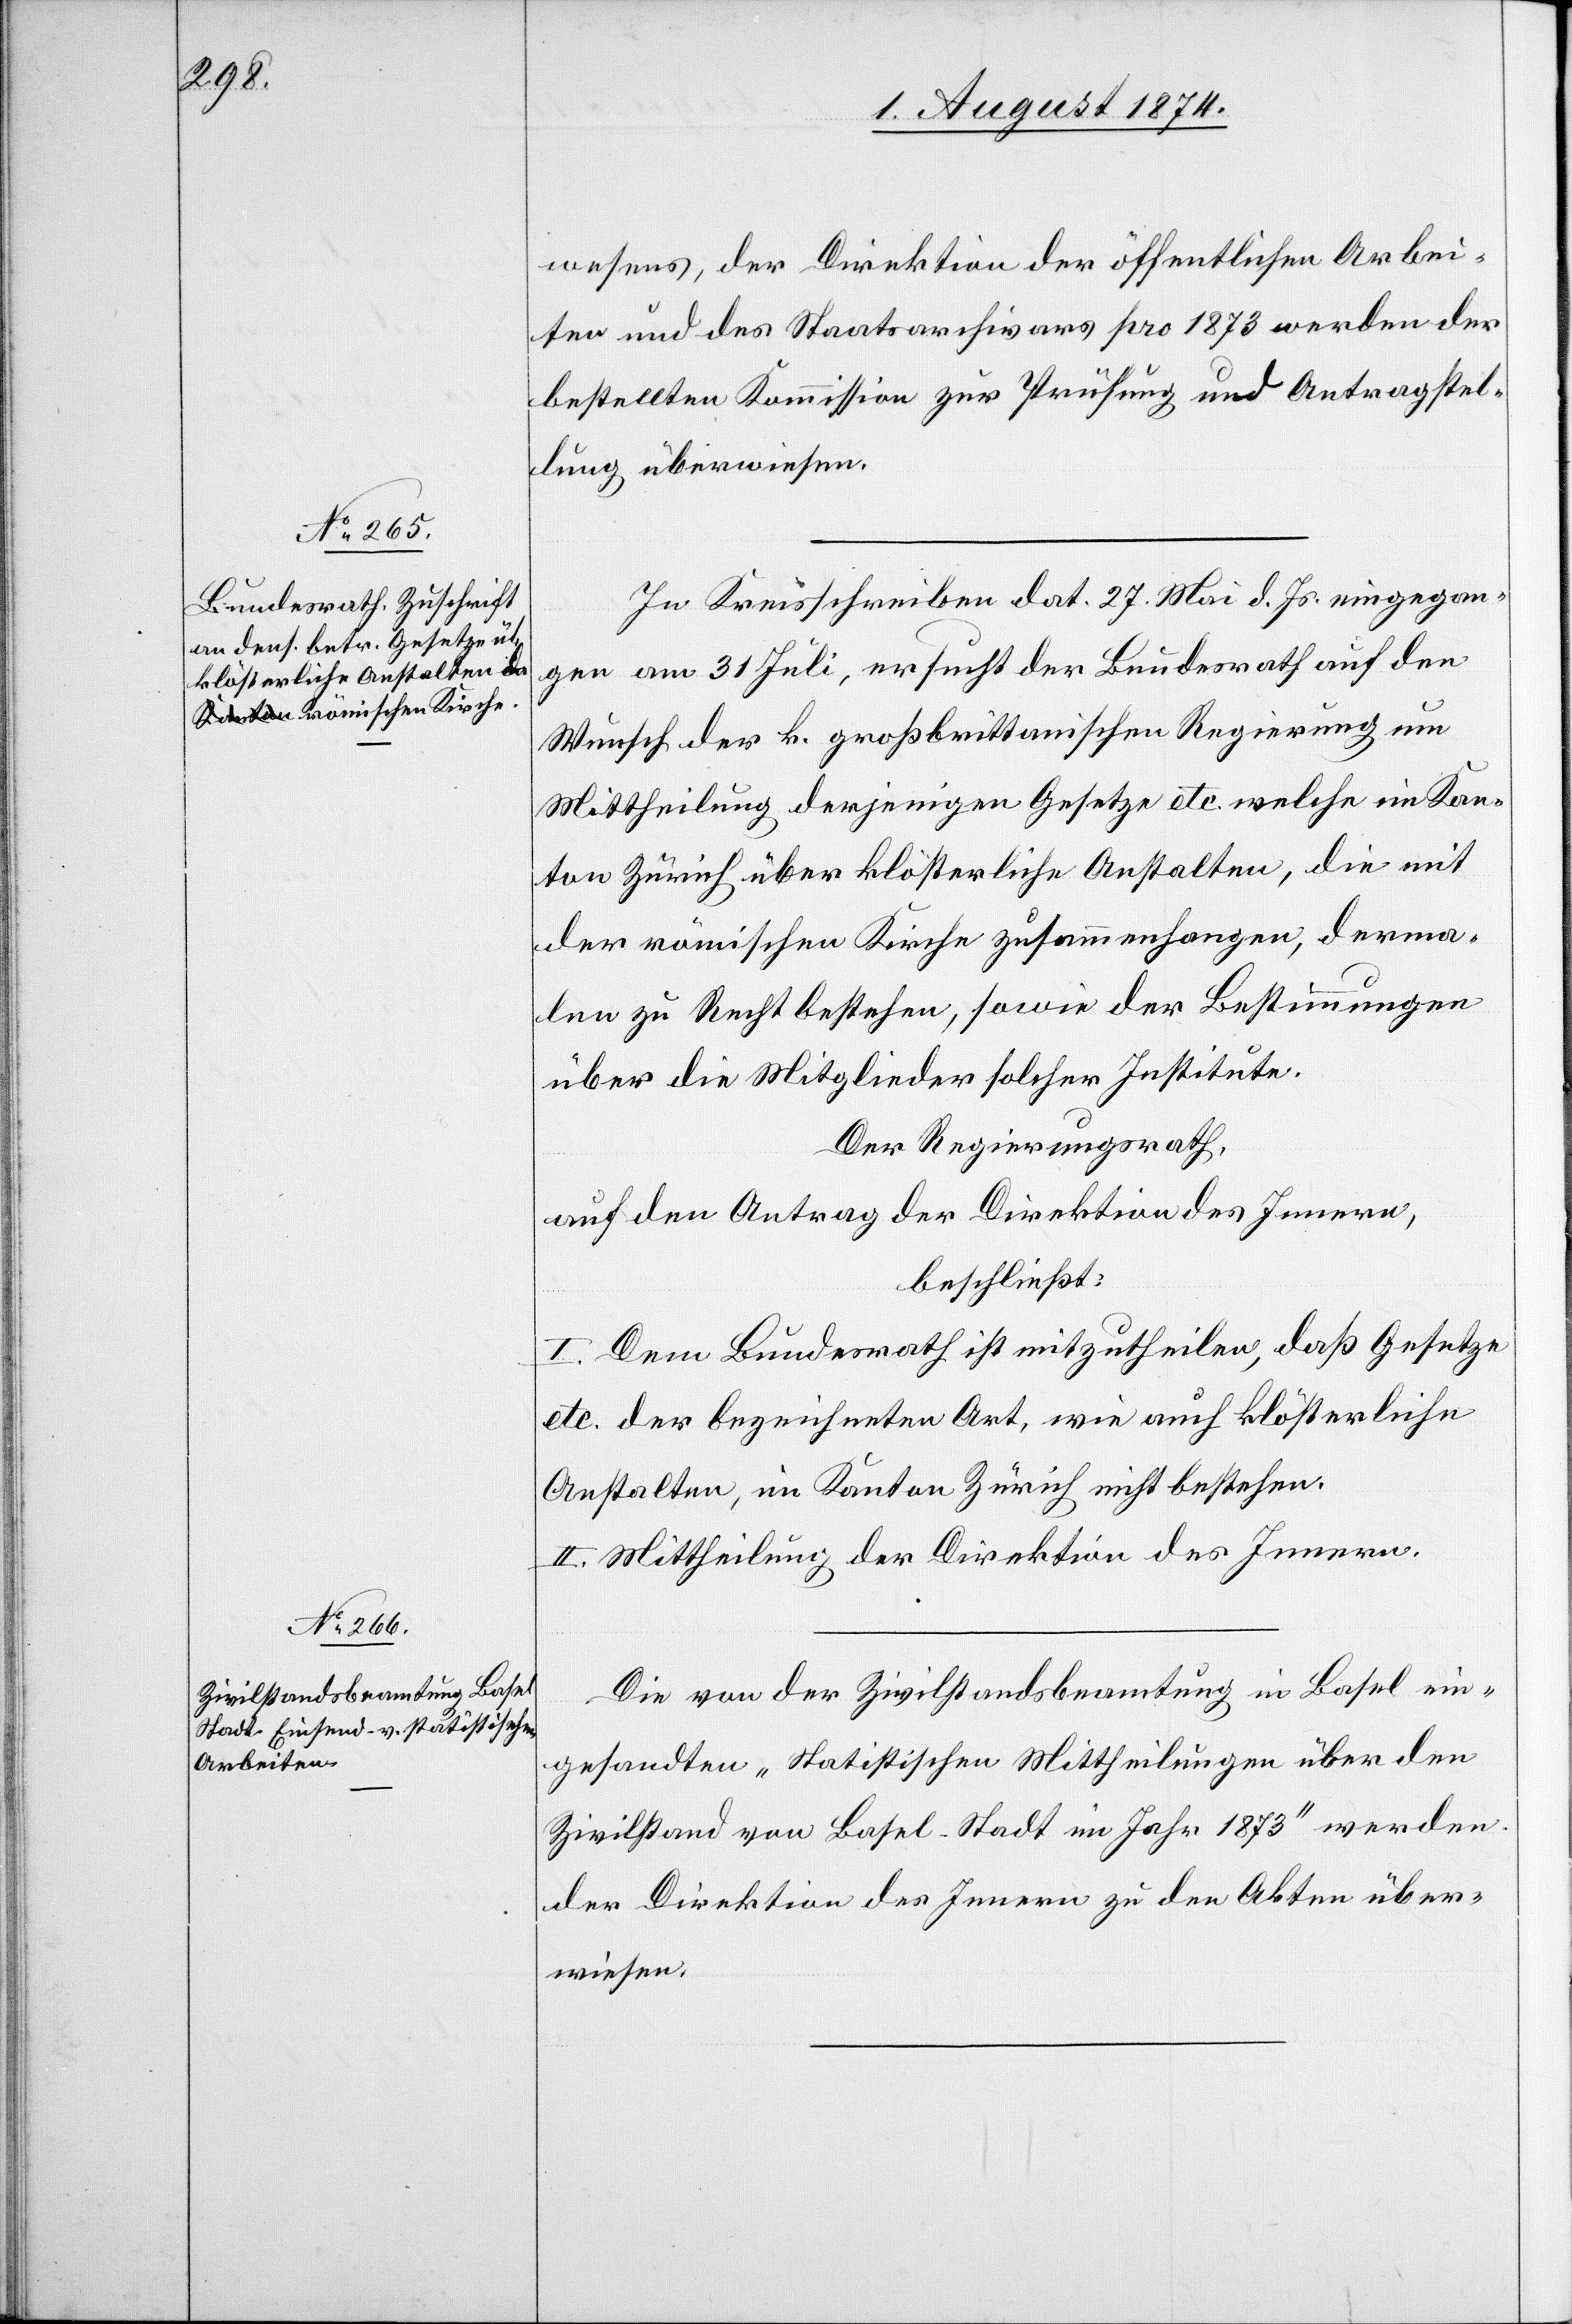
wesens, der Direktion der öffentlichen Arbei¬
ten und des Staatsarchivars pro 1873 werden der
bestellten Kommission zur Prüfung und Antragstel¬
lung überwiesen.
In Kreisschreiben dat. 27. Mai d. Js. eingegan¬
gen am 31. Juli, ersucht der Bundesrath auf den
Wunsch der k. großbritannischen Regierung um
Mittheilung derjenigen Gesetze etc. welche im Kan¬
ton Zürich über klösterliche Anstalten, die mit
der römischen Kirche zusammenhangen, derma¬
len zu Recht bestehen, sowie der Bestimmungen
über die Mitglieder solcher Institute.
Der Regierungsrath,
auf den Antrag der Direktion des Innern,
beschließt:
I. Dem Bundesrath ist mitzutheilen, daß Gesetze
etc. der bezeichneten Art, wie auch klösterliche
Anstalten, im Kanton Zürich nicht bestehen.
II. Mittheilung an die Direktion des Innern.
Die von der Zivilstandsbeamtung in Basel ein¬
gesandten „Statistischen Mittheilungen über den
Zivilstand von Basel-Stadt im Jahr 1873“ werden
der Direktion des Innern zu den Akten über¬
wiesen.